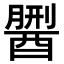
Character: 𨢏